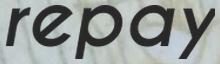
repay